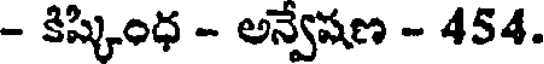
- కిష్కింధ - అన్వేషణ - 454.